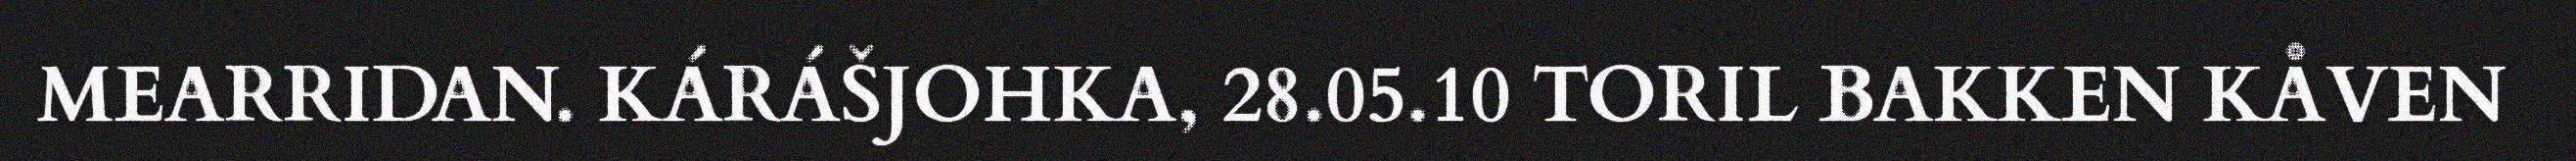
MEARRIDAN. KÁRÁŠJOHKA, 28.05.10 TORIL BAKKEN KÅVEN